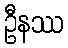
ဦနဿ